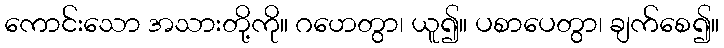
ကောင်းသော အသားတို့ကို။ ဂဟေတွာ၊ ယူ၍။ ပစာပေတွာ၊ ချက်စေ၍။